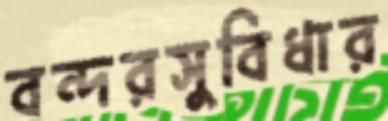
বন্দরসুবিধার